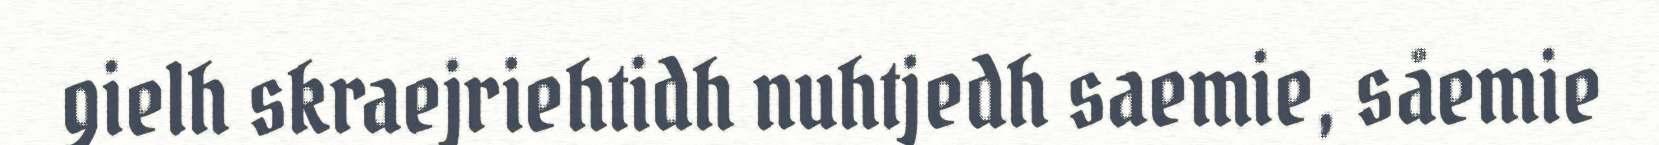
gielh skraejriehtidh nuhtjedh saemie, såemie